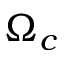
\Omega _ { c }